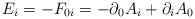
LaTeX: \begin{align*}{E_i}=-F_{0i} = -\partial_0A_i + \partial_iA_0\end{align*}